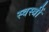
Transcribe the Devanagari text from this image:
स्वस्त्रीं